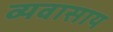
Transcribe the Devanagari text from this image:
व्यवासाय